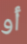
أو